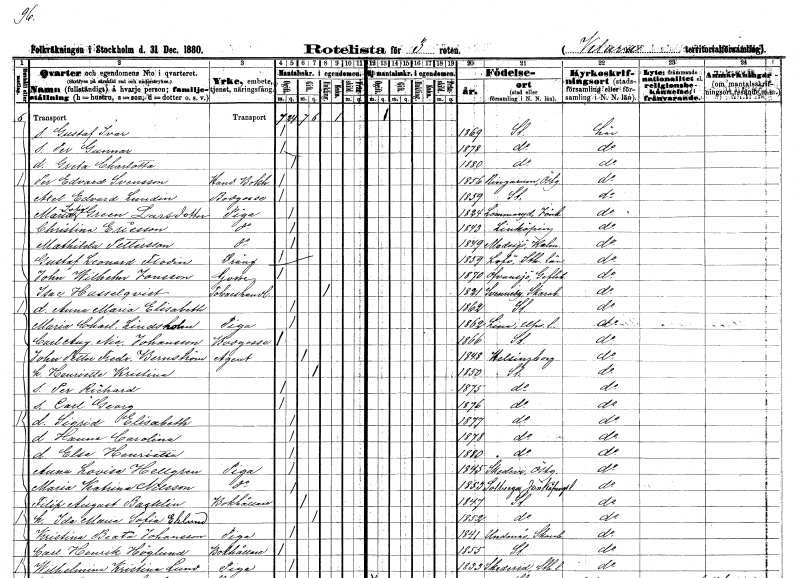
gt_parse: households: individuals: FN: Gustaf Ivar
KON: M
CIV: O
FODAR: 1869
FODFORS: Stockholm
FN: Per Gunnar
KON: M
CIV: O
FODAR: 1878
FODFORS: Stockholm
FN: Greta Charlotta
KON: K
CIV: O
FODAR: 1880
FODFORS: Stockholm
FN: Per Edvard
EN: Svensson
YRKE: Handelsbokhållare
KON: M
CIV: O
FODAR: 1856
FODFORS: Ringarum Östergötlands län
FN: Axel Edvard
EN: Lundin
YRKE: Bodgosse
KON: M
CIV: O
FODAR: 1859
FODFORS: Stockholm
FN: Maria Sofia
EN: Green Larsdotter
YRKE: Piga
KON: K
CIV: O
FODAR: 1824
FODFORS: Lommaryd Jönköpings län
FN: Christina
EN: Ericsson
YRKE: Piga
KON: K
CIV: O
FODAR: 1843
FODFORS: Linköping Östergötlands län
FN: Mathilda
EN: Pettersson
YRKE: Piga
KON: K
CIV: O
FODAR: 1849
FODFORS: Madesjö Kalmar län
FN: Gustaf Leonard
EN: Flodin
YRKE: Dräng
KON: M
CIV: O
FODAR: 1859
FODFORS: Lovö Stockholms län
FN: John Wilhelm
EN: Jonsson
KON: M
CIV: O
FODAR: 1870
FODFORS: Lovö Stockholms län
FN: Isac
EN: Hasselqvist
YRKE: Tobakshandlare
KON: M
CIV: E
FODAR: 1821
FODFORS: Svenneby Skaraborgs län
FN: Anna Maria Elisabeth
KON: K
CIV: O
FODAR: 1862
FODFORS: Stockholm
FN: Maria Charlotta
EN: Lindsholm
YRKE: Piga
KON: K
CIV: O
FODAR: 1862
FODFORS: Lena Uppsala län
FN: Carl August Nic.
EN: Johansson
YRKE: Bodgosse
KON: M
CIV: O
FODAR: 1866
FODFORS: Stockholm
FN: John Petter Fredrik
EN: Bernström
YRKE: Agent
KON: M
CIV: G
FODAR: 1848
FODFORS: Helsingborg Malmöhus län
FN: Henriette Kristina
KON: K
CIV: G
FODAR: 1850
FODFORS: Stockholm
FN: Per Richard
KON: M
CIV: O
FODAR: 1875
FODFORS: Stockholm
FN: Carl Georg
KON: M
CIV: O
FODAR: 1876
FODFORS: Stockholm
FN: Sigrid Elisabeth
KON: K
CIV: O
FODAR: 1877
FODFORS: Stockholm
FN: Hanna Carolina
KON: K
CIV: O
FODAR: 1878
FODFORS: Stockholm
FN: Elsa Henrietta
KON: K
CIV: O
FODAR: 1880
FODFORS: Stockholm
FN: Anna Lovisa
EN: Hellgren
YRKE: Piga
KON: K
CIV: O
FODAR: 1845
FODFORS: Skedevi Östergötlands län
FN: Maria Katrina
EN: Nilsson
YRKE: Piga
KON: K
CIV: O
FODAR: 1853
FODFORS: Solberga Jönköpings län
FN: Filip August
EN: Backlin
YRKE: Bokhållare
KON: M
CIV: G
FODAR: 1847
FODFORS: Stockholm
FN: Ida Maria Sofia
EN: Eklund
KON: K
CIV: G
FODAR: 1852
FODFORS: Stockholm
FN: Kristina Beata
EN: Johansson
YRKE: Piga
KON: K
CIV: O
FODAR: 1841
FODFORS: Undenäs Skaraborgs län
FN: Carl Henrik
EN: Höglund
YRKE: Bokhållare
KON: M
CIV: O
FODAR: 1855
FODFORS: Stockholm
FN: Wilhelmina Kristina
EN: Lund
YRKE: Piga
KON: K
CIV: O
FODAR: 1833
FODFORS: Skederid Stockholms län